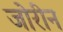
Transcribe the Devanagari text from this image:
जोरीन